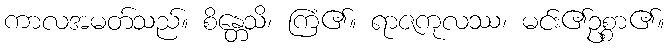
ကာလအမတ်သည်။ စိန္တေသိ၊ ကြံ၏။ ရာဇကုလဿ၊ မင်း၏ဥစ္စာ၏။